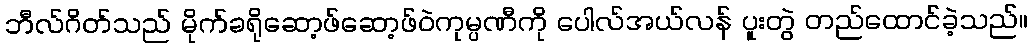
ဘီလ်ဂိတ်သည် မိုက်ခရိုဆော့ဖ်ဆော့ဖ်ဝဲကုမ္ပဏီကို ပေါလ်အယ်လန် ပူးတွဲ တည်ထောင်ခဲ့သည်။